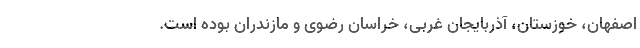
اصفهان، خوزستان، آذربایجان غربی، خراسان رضوی و مازندران بوده است.